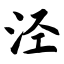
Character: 泾